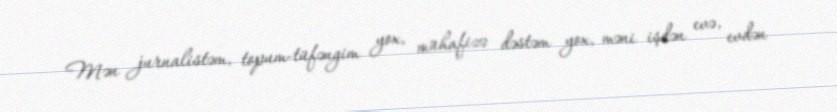
Mən jurnalistəm, topum-tüfəngim yox, mühafizə dəstəm yox, məni işdən evə, evdən